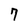
Character: 7